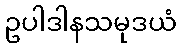
ဥပါဒါနသမုဒယံ